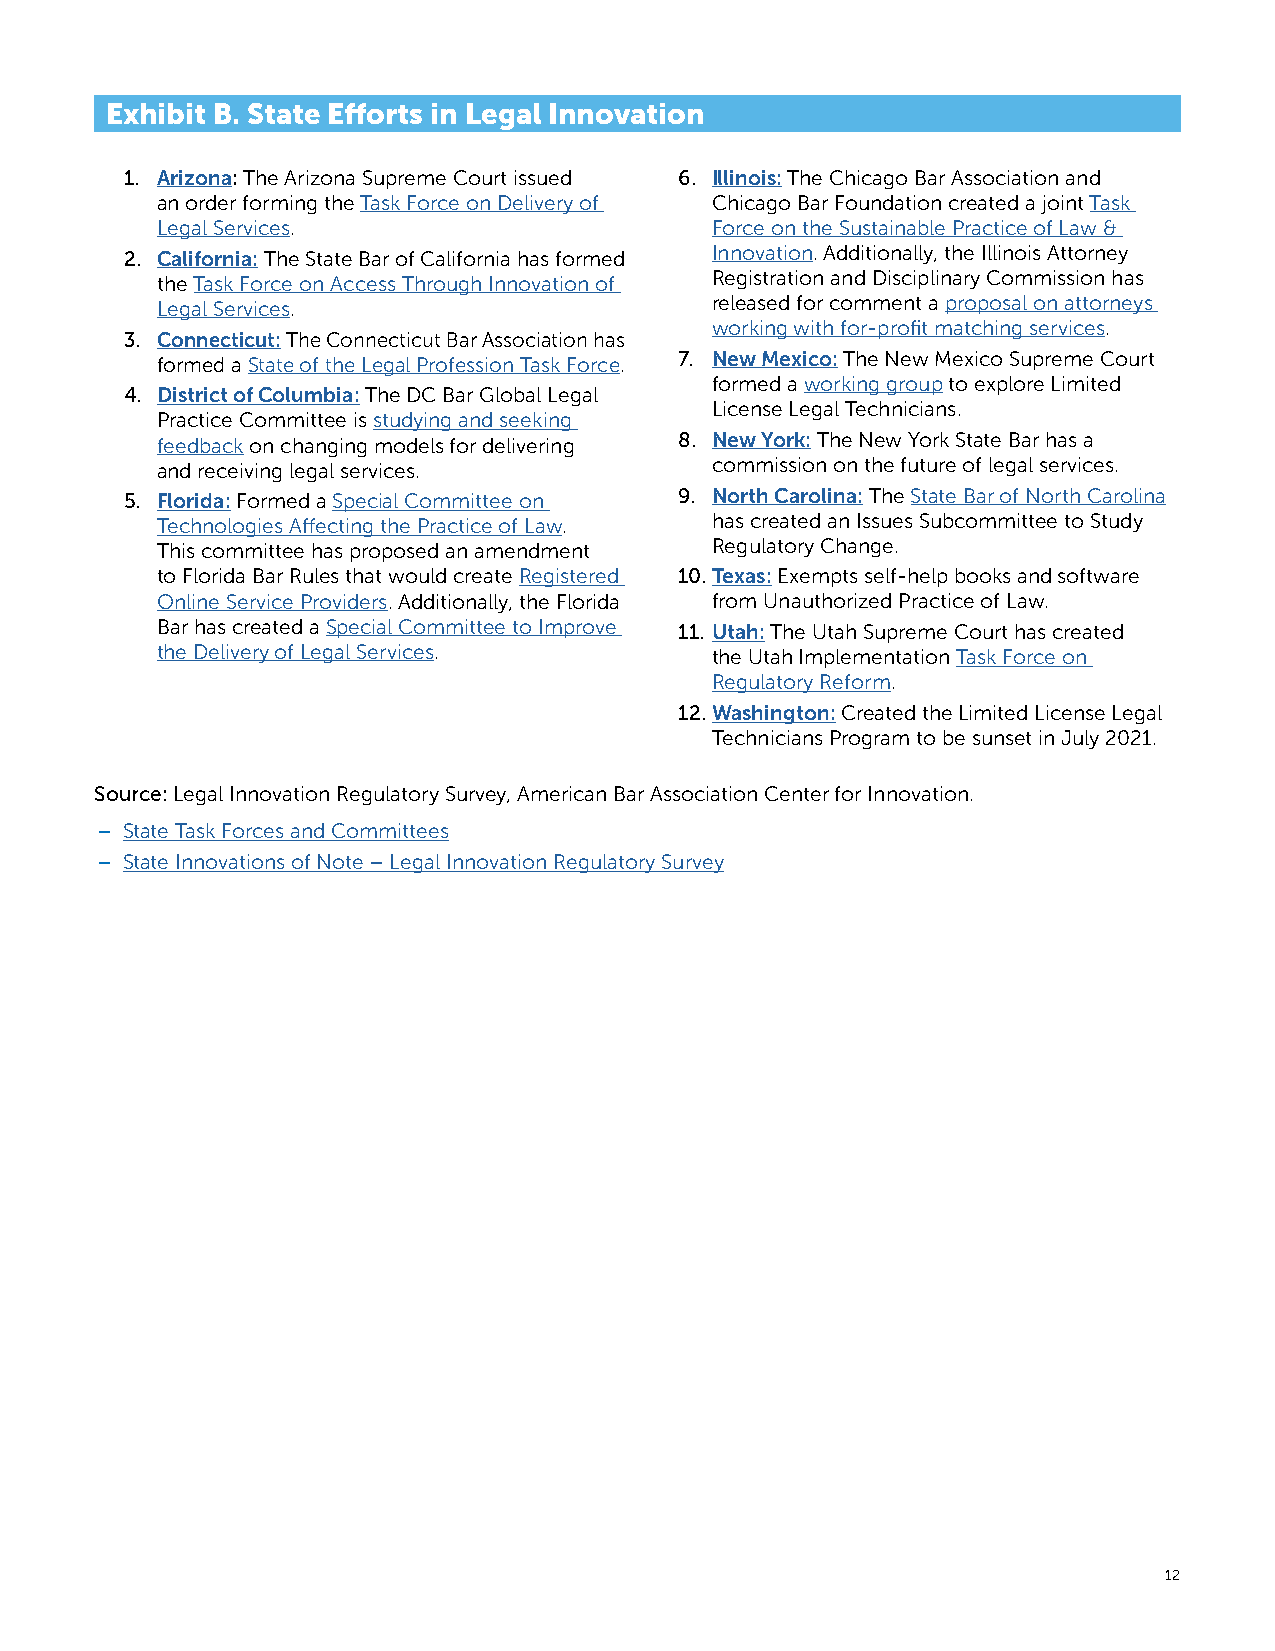
Exhibit B. State Efforts in Legal Innovation
 1. Arizona: The Arizona Supreme Court issued 6. Illinois: The Chicago Bar Association and
 an order forming the Task Force on Delivery of Chicago Bar Foundation created a joint Task
 Legal Services.                      Force on the Sustainable Practice of Law &
 2. California: The State Bar of California has formed Innovation. Additionally, the Illinois Attorney
 the Task Force on Access Through Innovation of Registration and Disciplinary Commission has
 Legal Services.                      released for comment a proposal on attorneys
 working with for-profit matching services.
 3. Connecticut: The Connecticut Bar Association has
 formed a State of the Legal Profession Task Force. 7. New Mexico: The New Mexico Supreme Court
 formed a working group to explore Limited
 4. District of Columbia: The DC Bar Global Legal
 License Legal Technicians.
 Practice Committee is studying and seeking
 feedback on changing models for delivering 8. New York: The New York State Bar has a
 and receiving legal services.        commission on the future of legal services.
 5. Florida: Formed a Special Committee on 9. North Carolina: The State Bar of North Carolina
 Technologies Affecting the Practice of Law. has created an Issues Subcommittee to Study
 This committee has proposed an amendment Regulatory Change.
 to Florida Bar Rules that would create Registered 10. Texas: Exempts self-help books and software
 Online Service Providers. Additionally, the Florida from Unauthorized Practice of Law.
 Bar has created a Special Committee to Improve 11. Utah: The Utah Supreme Court has created
 the Delivery of Legal Services.      the Utah Implementation Task Force on
 Regulatory Reform.
 12. Washington: Created the Limited License Legal
 Technicians Program to be sunset in July 2021.
 Source: Legal Innovation Regulatory Survey, American Bar Association Center for Innovation.
 – State Task Forces and Committees
 – State Innovations of Note – Legal Innovation Regulatory Survey
 12